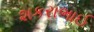
શકરાભાઈ